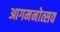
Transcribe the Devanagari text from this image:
आगमनोत्सव